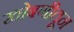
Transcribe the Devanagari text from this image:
खोबणीतून